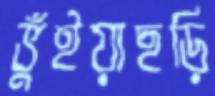
ভুঁইয়াছড়ি